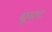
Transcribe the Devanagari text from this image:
धूमट